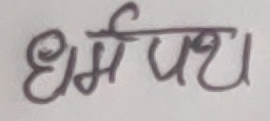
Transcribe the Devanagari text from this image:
धर्मपथ